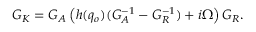
{ \cal G } _ { K } = { \cal G } _ { A } \left( h ( q _ { o } ) ( G _ { A } ^ { - 1 } - G _ { R } ^ { - 1 } ) + i \Omega \right) { \cal G } _ { R } .